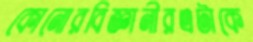
কোনোরবিজ্ঞানীরএটাকে